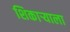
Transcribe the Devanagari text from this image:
शिकाऱ्याला